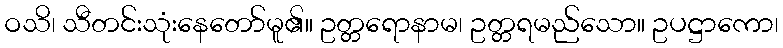
ဝသိ၊ သီတင်းသုံးနေတော်မူ၏။ ဥတ္တရောနာမ၊ ဥတ္တရမည်သော။ ဥပဋ္ဌာကော၊